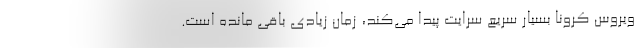
ویروس کرونا بسیار سریع سرایت پیدا می‌کند، زمان زیادی باقی مانده است.